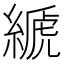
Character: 𦃇